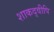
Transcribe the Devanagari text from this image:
शाकद्वीपि